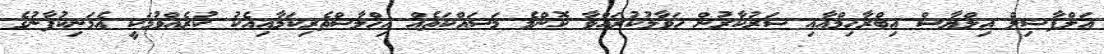
އަލްފާޟިލް އިލްޔާސް އިބްރާހިމްއާއި ސަރުކާރުން ހަވާލުކުރައްވާ ކޮންމެ މަސައްކަތެއް އިޚްލާސްތެރިކަމާއިއެކު ކުރެއްވުމަކީ އެމަނިކުފާނުގެ